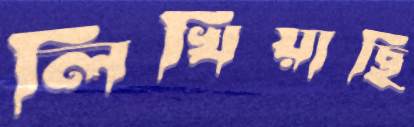
লিখিয়াছি